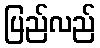
ပြည်လည်